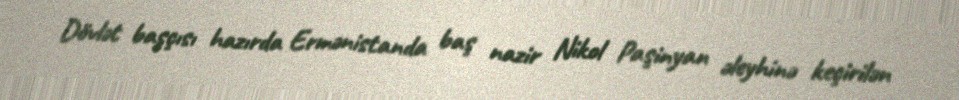
Dövlət başçısı hazırda Ermənistanda baş nazir Nikol Paşinyan əleyhinə keçirilən